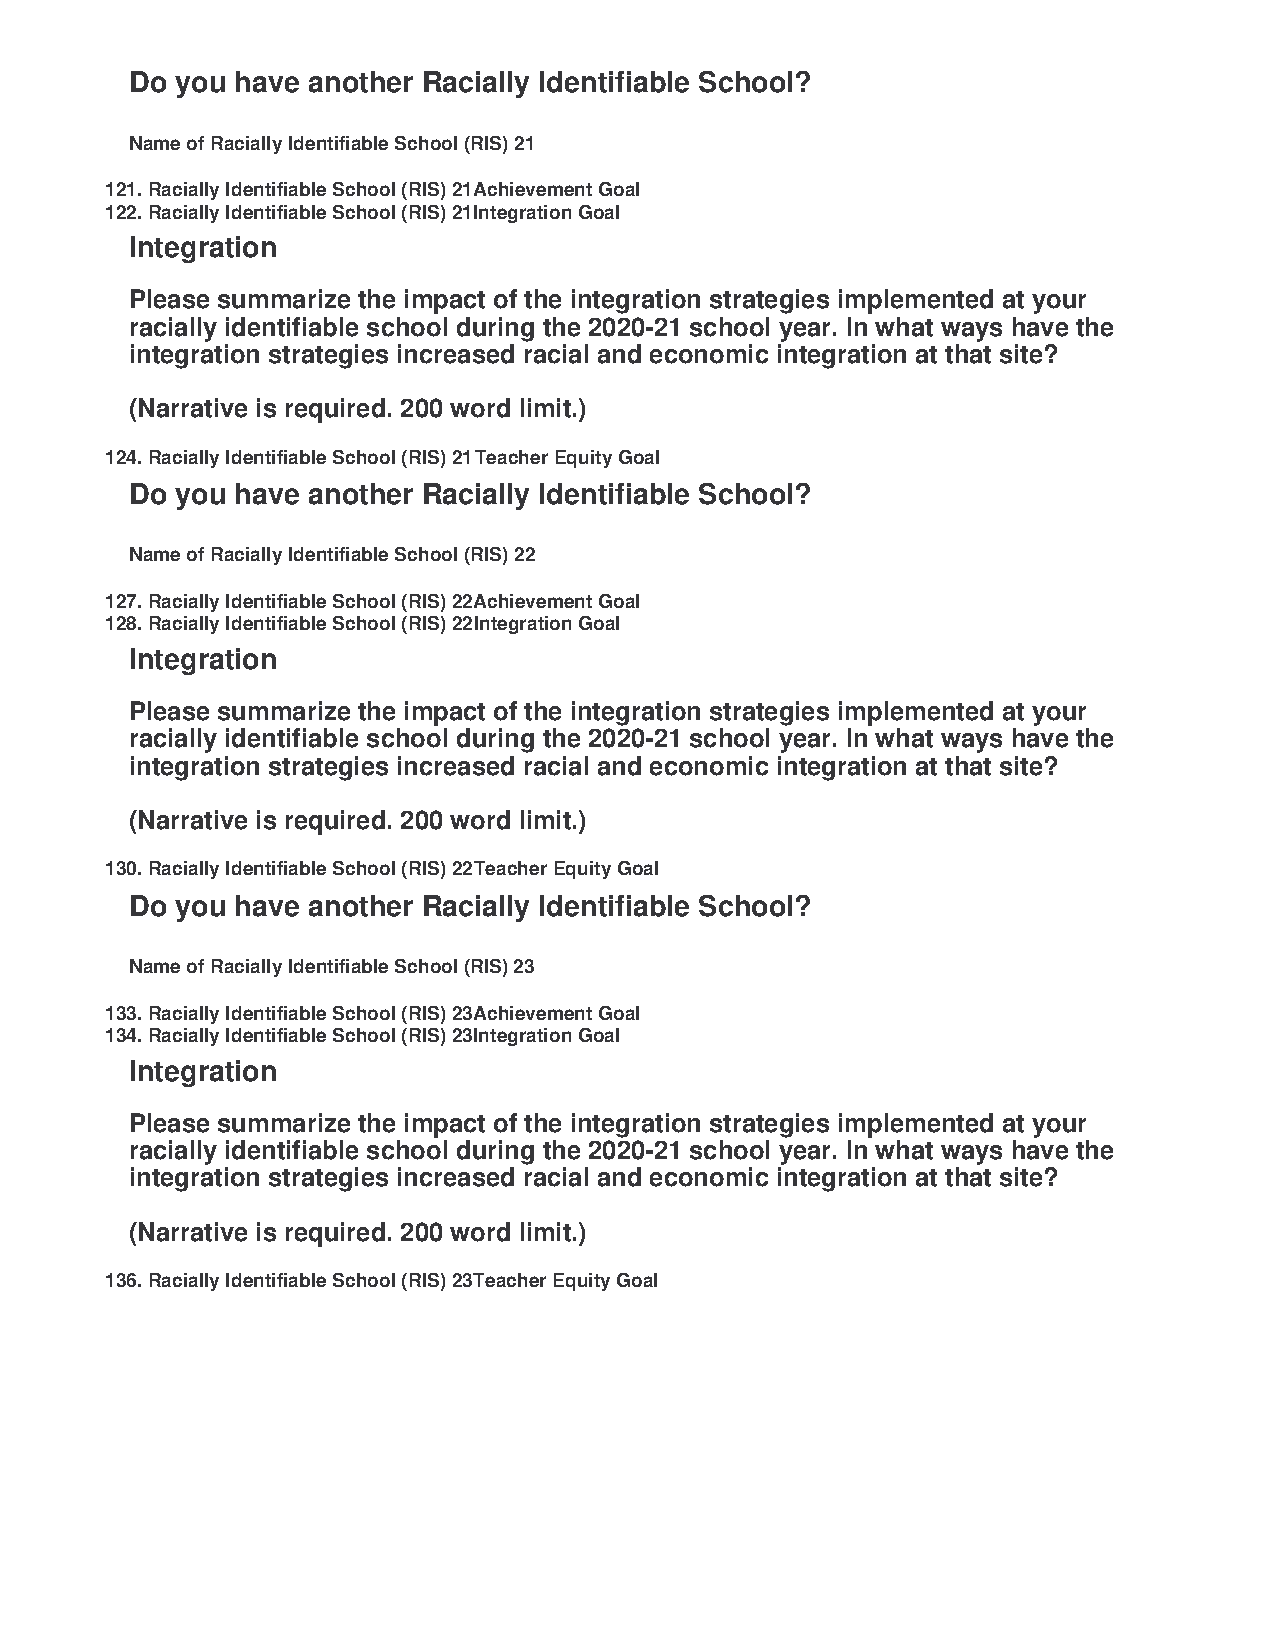
Do you have another Racially Identifiable School?
 Name of Racially Identifiable School (RIS) 21
 121. Racially Identifiable School (RIS) 21 Achievement Goal
 122. Racially Identifiable School (RIS) 21 Integration Goal
 Integration
 Please summarize the impact of the integration strategies implemented at your
 racially identifiable school during the 2020-21 school year. In what ways have the
 integration strategies increased racial and economic integration at that site?
 (Narrative is required. 200 word limit.)
 124. Racially Identifiable School (RIS) 21 Teacher Equity Goal
 Do you have another Racially Identifiable School?
 Name of Racially Identifiable School (RIS) 22
 127. Racially Identifiable School (RIS) 22 Achievement Goal
 128. Racially Identifiable School (RIS) 22 Integration Goal
 Integration
 Please summarize the impact of the integration strategies implemented at your
 racially identifiable school during the 2020-21 school year. In what ways have the
 integration strategies increased racial and economic integration at that site?
 (Narrative is required. 200 word limit.)
 130. Racially Identifiable School (RIS) 22 Teacher Equity Goal
 Do you have another Racially Identifiable School?
 Name of Racially Identifiable School (RIS) 23
 133. Racially Identifiable School (RIS) 23 Achievement Goal
 134. Racially Identifiable School (RIS) 23 Integration Goal
 Integration
 Please summarize the impact of the integration strategies implemented at your
 racially identifiable school during the 2020-21 school year. In what ways have the
 integration strategies increased racial and economic integration at that site?
 (Narrative is required. 200 word limit.)
 136. Racially Identifiable School (RIS) 23 Teacher Equity Goal